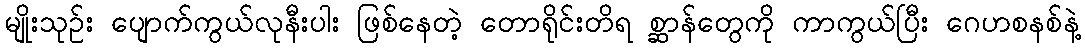
မျိုးသုဉ်း ပျောက်ကွယ်လုနီးပါး ဖြစ်နေတဲ့ တောရိုင်းတိရ စ္ဆာန်တွေကို ကာကွယ်ပြီး ဂေဟစနစ်နဲ့